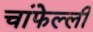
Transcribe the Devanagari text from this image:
चांफेल्ली